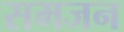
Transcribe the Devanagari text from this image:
समजन